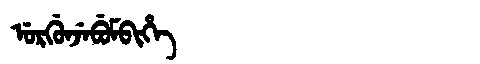
Manchu: ᡠᡵᡤᡠᠨᠵᡝᠪᡠᠮᠪᡳᡥᡝ
Romanization: URGUNJEBUMBIHE